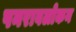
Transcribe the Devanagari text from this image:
पनरावलोकन